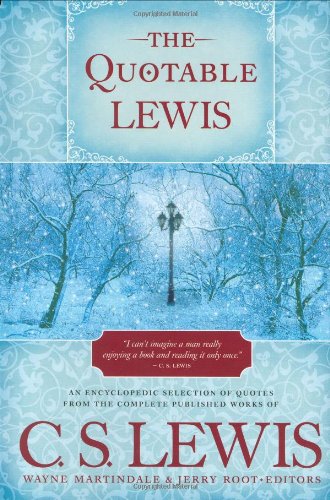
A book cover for The Quotable Lewis; Reference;